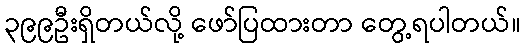
၃၉၉ဦးရှိတယ်လို့ ဖော်ပြထားတာ တွေ့ရပါတယ်။